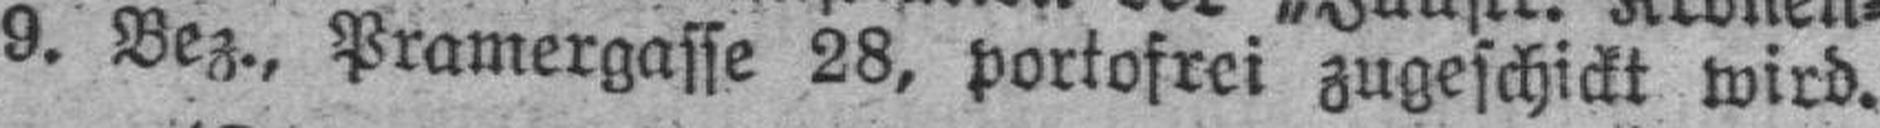
9. Bez., Pramergasse 28, portofrei zugeschickt wird.